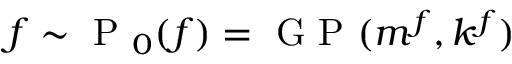
f \sim \mathrm { ~ P ~ } _ { 0 } ( { f } ) = \mathrm { ~ G ~ P ~ } ( m ^ { f } , k ^ { f } )